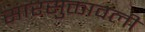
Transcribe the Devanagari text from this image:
सारसुक्तावली